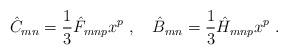
\begin{align*}\hat C_{mn} = \frac{1}{3} \hat F_{mnp} x^p\ ,\quad \hat B_{mn} = \frac{1}{3}\hat H_{mnp} x^p\ .\end{align*}